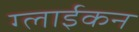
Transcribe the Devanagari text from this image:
ग्लाईकन